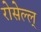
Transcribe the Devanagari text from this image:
रोसेल्ल्